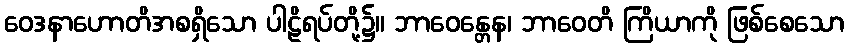
ဝေဒနာဟောတိအစရှိသော ပါဠိရပ်တို့၌။ ဘာဝေန္တေန၊ ဘာဝေတိ ကြိယာကို ဖြစ်စေသော